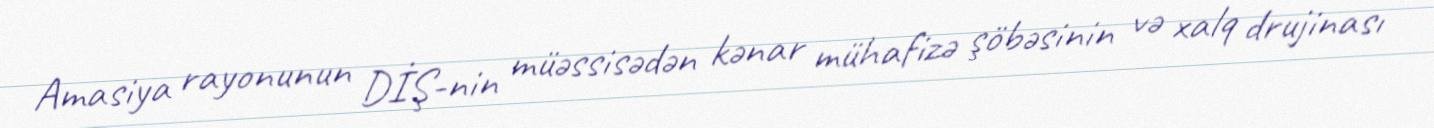
Amasiya rayonunun DİŞ-nin müəssisədən kənar mühafizə şöbəsinin və xalq drujinası